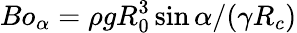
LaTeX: Bo_{\alpha}=\rho gR_{0}^{3}\sin{\alpha}/(\gamma R_{c})